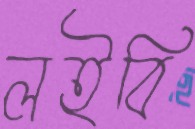
লইবি